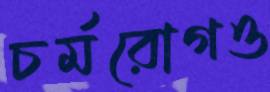
চর্মরোগও